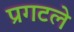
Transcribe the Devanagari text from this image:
प्रगटले